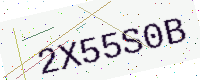
Text: 2X55S0B